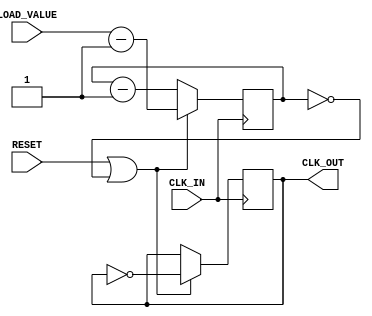
`timescale 1ns / 1ps
//////////////////////////////////////////////////////////////////////////////////
// Company: NUS ECE
// 
// Design Name: 
// Module Name: clock_divider
// Project Name: 
// Target Devices: 
// Tool Versions: 
// Description: 
// 
// Dependencies: 
// 
// Revision:
// Revision 0.01 - File Created
// Additional Comments:
// 
//////////////////////////////////////////////////////////////////////////////////


module clock_divider(

    input CLK_IN,
    input RESET,
    input [27:0] LOAD_VALUE, // for an input clock of 100MHz, output of 1Hz, the value is 0x2FAF07F which needs 28 bits to accomodate
        // (100 MHz / 1 Hz) = 10^8 'ticks' need to be made
        // => LOAD_VALUE = 10^8/2 = 50,000,000 = 0x2FAF080
        
    output CLK_OUT 
    
    );
    
    reg[27:0] counter_for_clk_div = 0 ;    
    reg CLK_DIVIDED = 0 ;
    
    always@(posedge CLK_IN)
        if( RESET | (counter_for_clk_div == 0) )
            begin
                counter_for_clk_div <= LOAD_VALUE - 1 ;
                CLK_DIVIDED <= !CLK_DIVIDED ;
            end
        else
            counter_for_clk_div <= counter_for_clk_div - 1 ;
    
    assign CLK_OUT = CLK_DIVIDED ;
    
    
endmodule